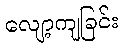
လျော့ကျခြင်း